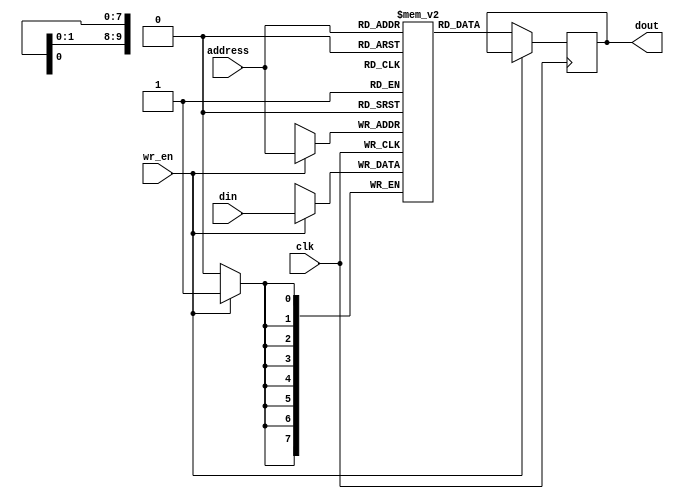
module spram(clk,wr_en,address,din,dout);
  input clk,wr_en;
  input [9:0]address;
  input [7:0]din;
  output reg[7:0] dout;
  reg [7:0] ram_block[0:1023];
  always @(posedge clk)
    begin 
      if(wr_en)
        ram_block[address] <= din;
      else
        dout <=ram_block[address];
    end
endmodule